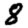
Digit: 8